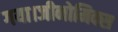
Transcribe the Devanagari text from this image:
गया।जीनोमिक्स